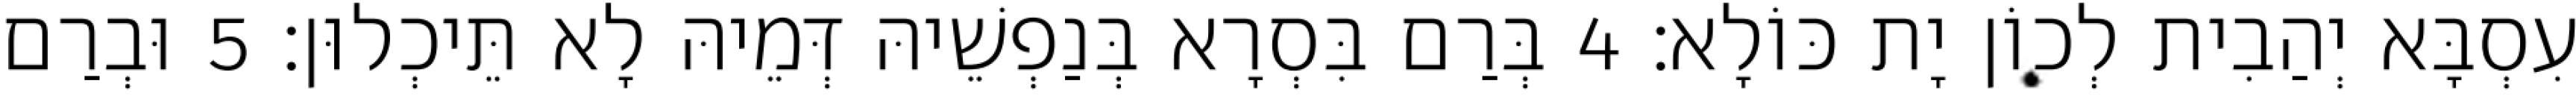
עִסְבָּא יְהַבִית לְכוֹן יָת כּוֹלָא׃ 4 בְּרַם בִּסְרָא בְּנַפְשֵׁיהּ דְּמֵיהּ לָא תֵּיכְלוּן׃ 5 וּבְרַם